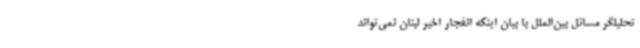
تحلیلگر مسائل بین‌الملل با بیان اینکه انفجار اخیر لبنان نمی‌تواند